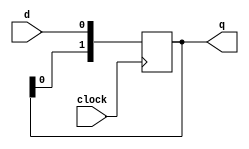
`timescale 1ns / 1ps
//////////////////////////////////////////////////////////////////////////////////
// Company: 
// Engineer: 
// 
// Design Name: 
// Module Name: shiftB
// Project Name: 
// Target Devices: 
// Tool Versions: 
// Description: 
// 
// Dependencies: 
// 
// Revision:
// Revision 0.01 - File Created
// Additional Comments:
// 
//////////////////////////////////////////////////////////////////////////////////


module shiftB(
    q,clock,d
    );
    output [1:0] q;
    input clock,d;
    reg [1:0] q;
    always @(posedge clock) begin
        q[0] <= d;
        q[1] <= q[0];
    end
endmodule